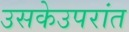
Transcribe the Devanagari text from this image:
उसकेउपरांत